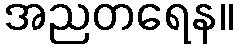
အညတရေန။